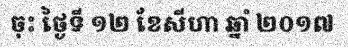
ចុះ ថ្ងៃទី ១២ ខែសីហា ឆ្នាំ ២០១៧